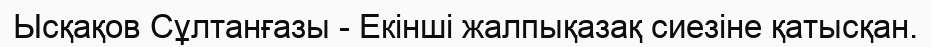
Ысқақов Сұлтанғазы - Екінші жалпықазақ сиезіне қатысқан.